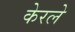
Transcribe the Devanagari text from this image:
केरले